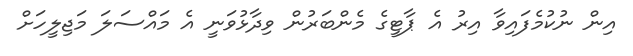
އިން ނުކުމެފައިވާ އިރު އެ ޕާޓީގެ މެންބަރުން ވިދާޅުވަނީ އެ މައްސަލަ މަޖިލީހަށް